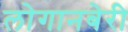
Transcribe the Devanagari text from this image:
लोगानबेरी